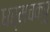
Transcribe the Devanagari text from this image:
धर्मचक्षु